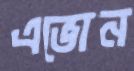
এভোন